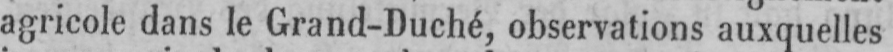
agricole dans le Grand-Duché, observations auxquelles